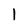
Character: 1